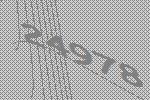
24978